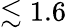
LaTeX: \lesssim 1.6